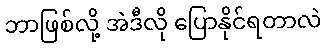
ဘာဖြစ်လို့ အဲဒီလို ပြောနိုင်ရတာလဲ